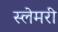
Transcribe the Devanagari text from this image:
स्लेमरी